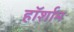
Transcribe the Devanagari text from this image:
हॉर्शाम